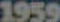
1959